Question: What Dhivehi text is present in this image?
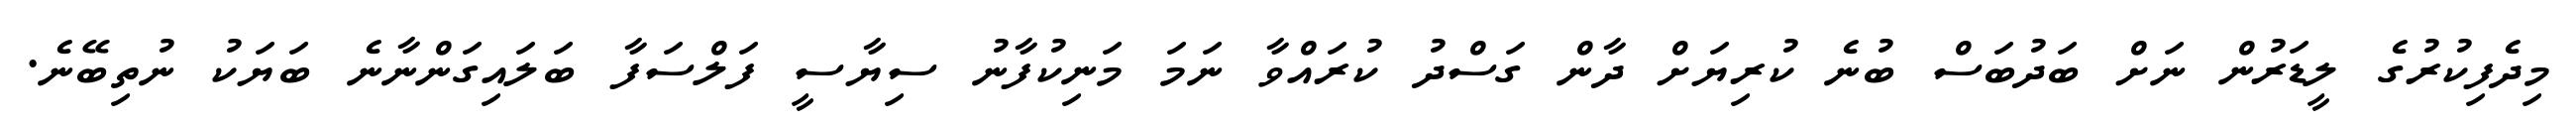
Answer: މިދެފިކުރުގެ ލީޑަރުން ނަށް ބަދުބަސް ބުނެ ކުރިޔަށް ދާން ގަސްދު ކުރައްވާ ނަމަ މަނިކުފާނު ސިޔާސީ ފަލްސަފާ ބަލައިގަންނާނެ ބަޔަކު ނުތިބޭނެ.